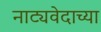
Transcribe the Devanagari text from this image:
नाट्यवेदाच्या